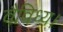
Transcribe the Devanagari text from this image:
वैविध्य।